Vaccination in Bombay 1874-1876 - 1874-1876
Year: 1874
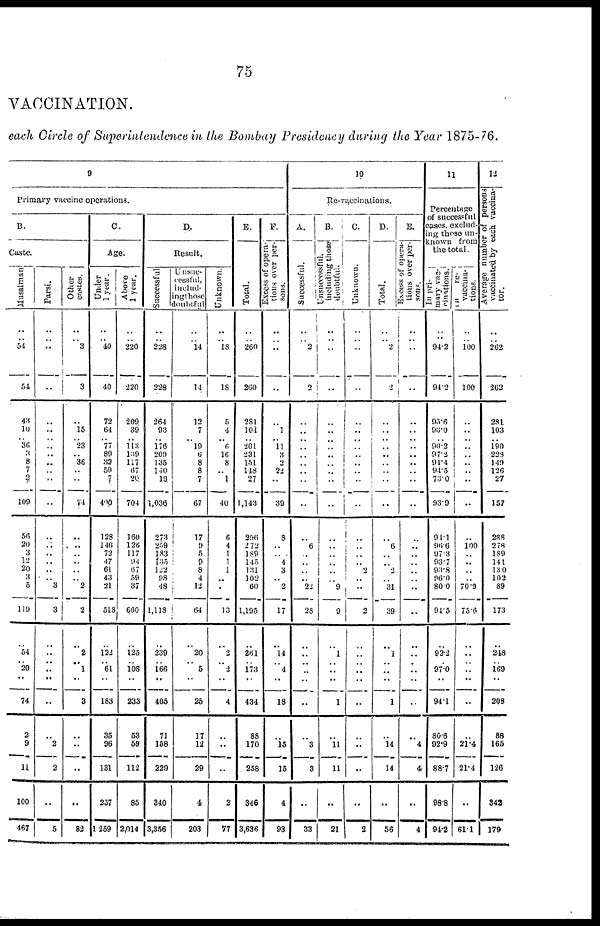
75
VACCINATION.
each Circle of Superintendence in the Bombay Presidency during the Year 1875-76.
9
Primary vaccine operations.
B.
Caste.
Musalman
..
.. 54
54
43
10
.. 36
3 8
7
2
109
56
20
3
12
20
3
5
119
..
54
.. 20
..
74
2
9
11
100
467
Parsi.
..
..
..
..
..
..
..
..
..
..
..
..
..
..
..
..
..
..
.. 3
3
..
..
..
..
..
..
..
2
2
..
5
Other
castes.
..
.. 3
3
..
15
.. 23
.. 36
..
..
74
..
..
..
..
..
.. 2
2
..
2
.. 1
..
3
..
..
..
..
82
C
Age.
Under
1 year.
..
.. 40
40
72
64
.. 77
89
32
59
7
400
128
146
72
47
61
43
21
518
..
122
.. 61
..
183
35
96
131
257
1,259
Above
1 year.
..
.. 220
220
209
39
.. 113 l39
117
67
20
704
160
126
117
94
67
59
37
660
..
125
.. 108
..
233
53
59
112
85
2,014
D.
Result.
Successful
..
.. 228
228
264
93
.. 176
209
135
140
19
1,036
273
259
183
135
122
98
48
1,118
..
239
.. 166
..
405
71
158
229
340
3,356
Unsuc-
cessful,
includ-
ing those
doubtful
..
.. 14
14
12
7
.. 19
6
8
8
7
67
17
9
5
9
8
4
12
64
..
20
..
5
..
25
17
12
29
4
203
Unknown.
..
.. 18
18
5
4
.. 6
16
8
.. 1
40
6
4
1
1
1
..
.
13
..
2
.. 2
..
4
..
..
..
2
77
E.
Total.
..
.. 260
260
281
101
.. 201
231
151
148
27
1,143
296
272
189
145
131
102
60
1,195
..
261
.. 173
..
434
88
170
258
346
3,636
F.
Excess of opera-
tions over per-
sons.
..
..
..
..
..
1
.. 11
3
2
22
..
39
8
..
.. 4
3
.. 2
17
..
14
.. 4
..
18
..
15
15
4
93
10
Re-vaccinations.
A.
Successful.
..
.. 2
2
..
..
..
..
.. ..
..
..
..
..
6
..
..
..
.. 22
28
..
..
..
..
..
..
..
3
3
..
33
B.
including those
doubtful.
..
..
..
..
..
..
.. ..
..
..
..
..
..
..
..
..
..
..
.. 9
9
..
1
..
..
..
1
..
11
11
..
21
C.
Unknown.
..
..
..
..
..
..
..
..
..
..
..
..
..
..
..
..
.. 2
..
..
2
..
..
..
..
..
..
..
..
..
..
2
D.
Total.
..
.. 2
2
..
..
..
.. ..
..
..
..
..
..
6
..
.. 2
.. 31
39
..
1
..
..
..
1
..
14
14
..
56
E.
Excess of opera-
tions over per-
sons.
..
..
..
..
..
..
..
..
..
..
..
..
..
..
..
..
..
..
..
..
..
..
..
..
..
..
..
..
4
4
..
4
11
Percentage
of successful
cases. exclud-
ing those un-
known from
the total.
In pri-
mary vac-
cinations.
..
.. 94.2
94.2
95.6
93.0
.. 90.2
97.2
91.4
94.5
73.0
93.9
91.1
96.6
97.3
93.7
93.8
96.0
80.0
94.5
..
92.2
.. 97.0
..
94.1
80.6
92.9
88.7
98.8
94.2
in
re-
vaccina-
tions.
..
..
100
100
..
..
..
..
..
..
..
..
..
..
100
..
..
..
.. 70.9
75.6
..
..
..
..
..
..
..
21.4
21.4
..
61.1
12
Average number of persons
vaccinated by each vaccina-
tor.
..
.. 262
262
281
103
.. 190
228
149
126
27
157
288
278
189
141
130
102
89
173
..
248
.. 169
..
208
88
165
126
342
179